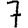
Digit: 7